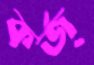
কর্জ্